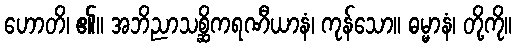
ဟောတိ၊ ၏။ အဘိညာသစ္ဆိကရဏီယာနံ၊ ကုန်သော။ ဓမ္မာနံ၊ တို့ကို။